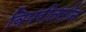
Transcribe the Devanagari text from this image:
विपरीततीन